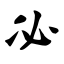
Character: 必